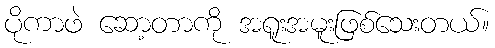
ပိုကာဖဲ ဆော့တာကို အရူးအမူးဖြစ်သေးတယ်။